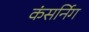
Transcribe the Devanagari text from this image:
कंसर्निग